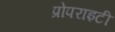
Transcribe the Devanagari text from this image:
प्रोपराइटी